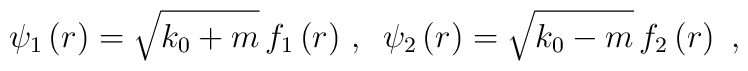
\psi _{1}\left( r\right) =\sqrt{k_{0}+m}\,f_{1}\left( r\right) \,,\,\,\,\psi_{2}\left( r\right) =\sqrt{k_{0}-m}\,f_{2}\left( r\right) \,\,,